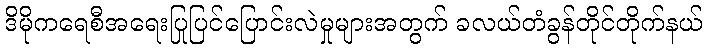
ဒိမိုကရေစီအရေးပြုပြင်ပြောင်းလဲမှုများအတွက် ခလယ်တံခွန်တိုင်တိုက်နယ်